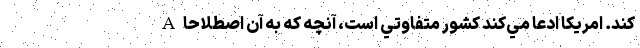
كند. امريكا ادعا مي‌كند كشور متفاوتي است، آنچه كه به آن اصطلاحا A